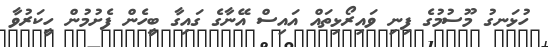
ހުޅަނގު މޫސުމުގެ ފިނި ވައިރޯޅިތައް އައިސް އޭނާގެ ގައިގާ ބީހެން ފެށުމުން ހީކަރުވާ